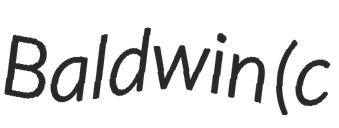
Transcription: Baldwin (c